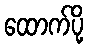
ထောက်ပို့